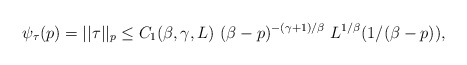
\begin{align*} \psi_{\tau}(p) = ||\tau||_p \le C_1(\beta,\gamma,L) \ (\beta - p)^{-(\gamma + 1)/\beta} \ L^{1/\beta}(1/(\beta - p)),\end{align*}